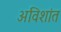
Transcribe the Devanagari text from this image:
अविशांत